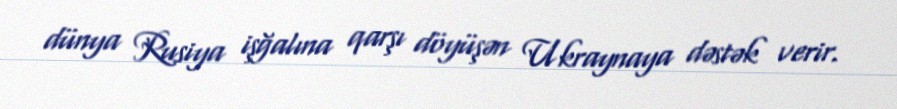
dünya Rusiya işğalına qarşı döyüşən Ukraynaya dəstək verir.